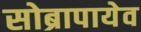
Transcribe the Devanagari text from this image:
सोब्रापायेव